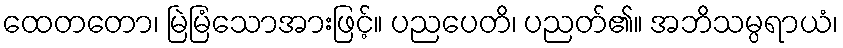
ထေတတော၊ မြဲမြံသောအားဖြင့်။ ပညပေတိ၊ ပညတ်၏။ အဘိသမ္ပရာယံ၊